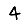
Digit: 4